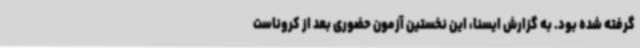
گرفته شده بود. به گزارش ایسنا، این نخستین آزمون حضوری بعد از کروناست